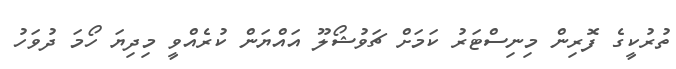
ތުރުކީގެ ފޮރިން މިނިސްޓަރު ކަމަށް ޗަވުޝޯލޫ އައްޔަން ކުރެއްވީ މިދިޔަ ހޯމަ ދުވަހު